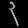
Digit: ၃